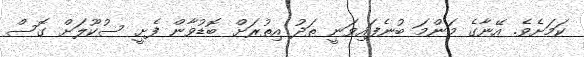
ކަމަށެވެ. އޭނާގެ މަންމަ ބުނެފައިވަނީ ތަދު އިތުރަށް ބޮޑުވާން ފެށީ ސުކޫލަށް ގޮސް